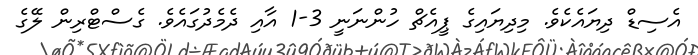
އެސިޑް ދިޔައެކެވެ. މިދިޔައިގެ ޕީއެޗް ހުންނަނީ 3-1 އާއި ދެމެދުގައެވެ. ގެސްޓްރިން ލޭގެ